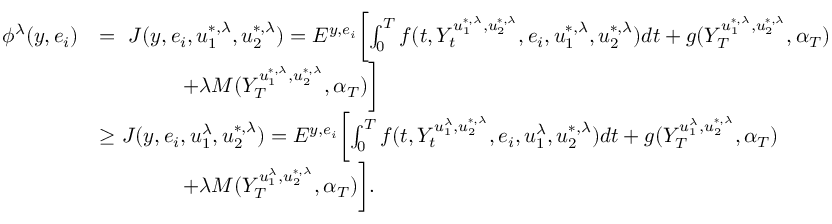
\begin{array} { r l } { \phi ^ { \lambda } ( y , e _ { i } ) } & { = \ J ( y , e _ { i } , u _ { 1 } ^ { * , \lambda } , u _ { 2 } ^ { * , \lambda } ) = E ^ { y , e _ { i } } \biggl [ \int _ { 0 } ^ { T } f ( t , Y _ { t } ^ { u _ { 1 } ^ { * , \lambda } , u _ { 2 } ^ { * , \lambda } } , e _ { i } , u _ { 1 } ^ { * , \lambda } , u _ { 2 } ^ { * , \lambda } ) d t + g ( Y _ { T } ^ { u _ { 1 } ^ { * , \lambda } , u _ { 2 } ^ { * , \lambda } } , \alpha _ { T } ) } \\ & { \qquad \qquad + \lambda M ( Y _ { T } ^ { u _ { 1 } ^ { * , \lambda } , u _ { 2 } ^ { * , \lambda } } , \alpha _ { T } ) \biggr ] } \\ & { \geq J ( y , e _ { i } , u _ { 1 } ^ { \lambda } , u _ { 2 } ^ { * , \lambda } ) = E ^ { y , e _ { i } } \biggl [ \int _ { 0 } ^ { T } f ( t , Y _ { t } ^ { u _ { 1 } ^ { \lambda } , u _ { 2 } ^ { * , \lambda } } , e _ { i } , u _ { 1 } ^ { \lambda } , u _ { 2 } ^ { * , \lambda } ) d t + g ( Y _ { T } ^ { u _ { 1 } ^ { \lambda } , u _ { 2 } ^ { * , \lambda } } , \alpha _ { T } ) } \\ & { \qquad \qquad + \lambda M ( Y _ { T } ^ { u _ { 1 } ^ { \lambda } , u _ { 2 } ^ { * , \lambda } } , \alpha _ { T } ) \biggr ] . } \end{array}